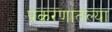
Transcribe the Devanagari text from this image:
प्रकरणातल्या